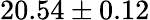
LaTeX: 20.54\pm 0.12